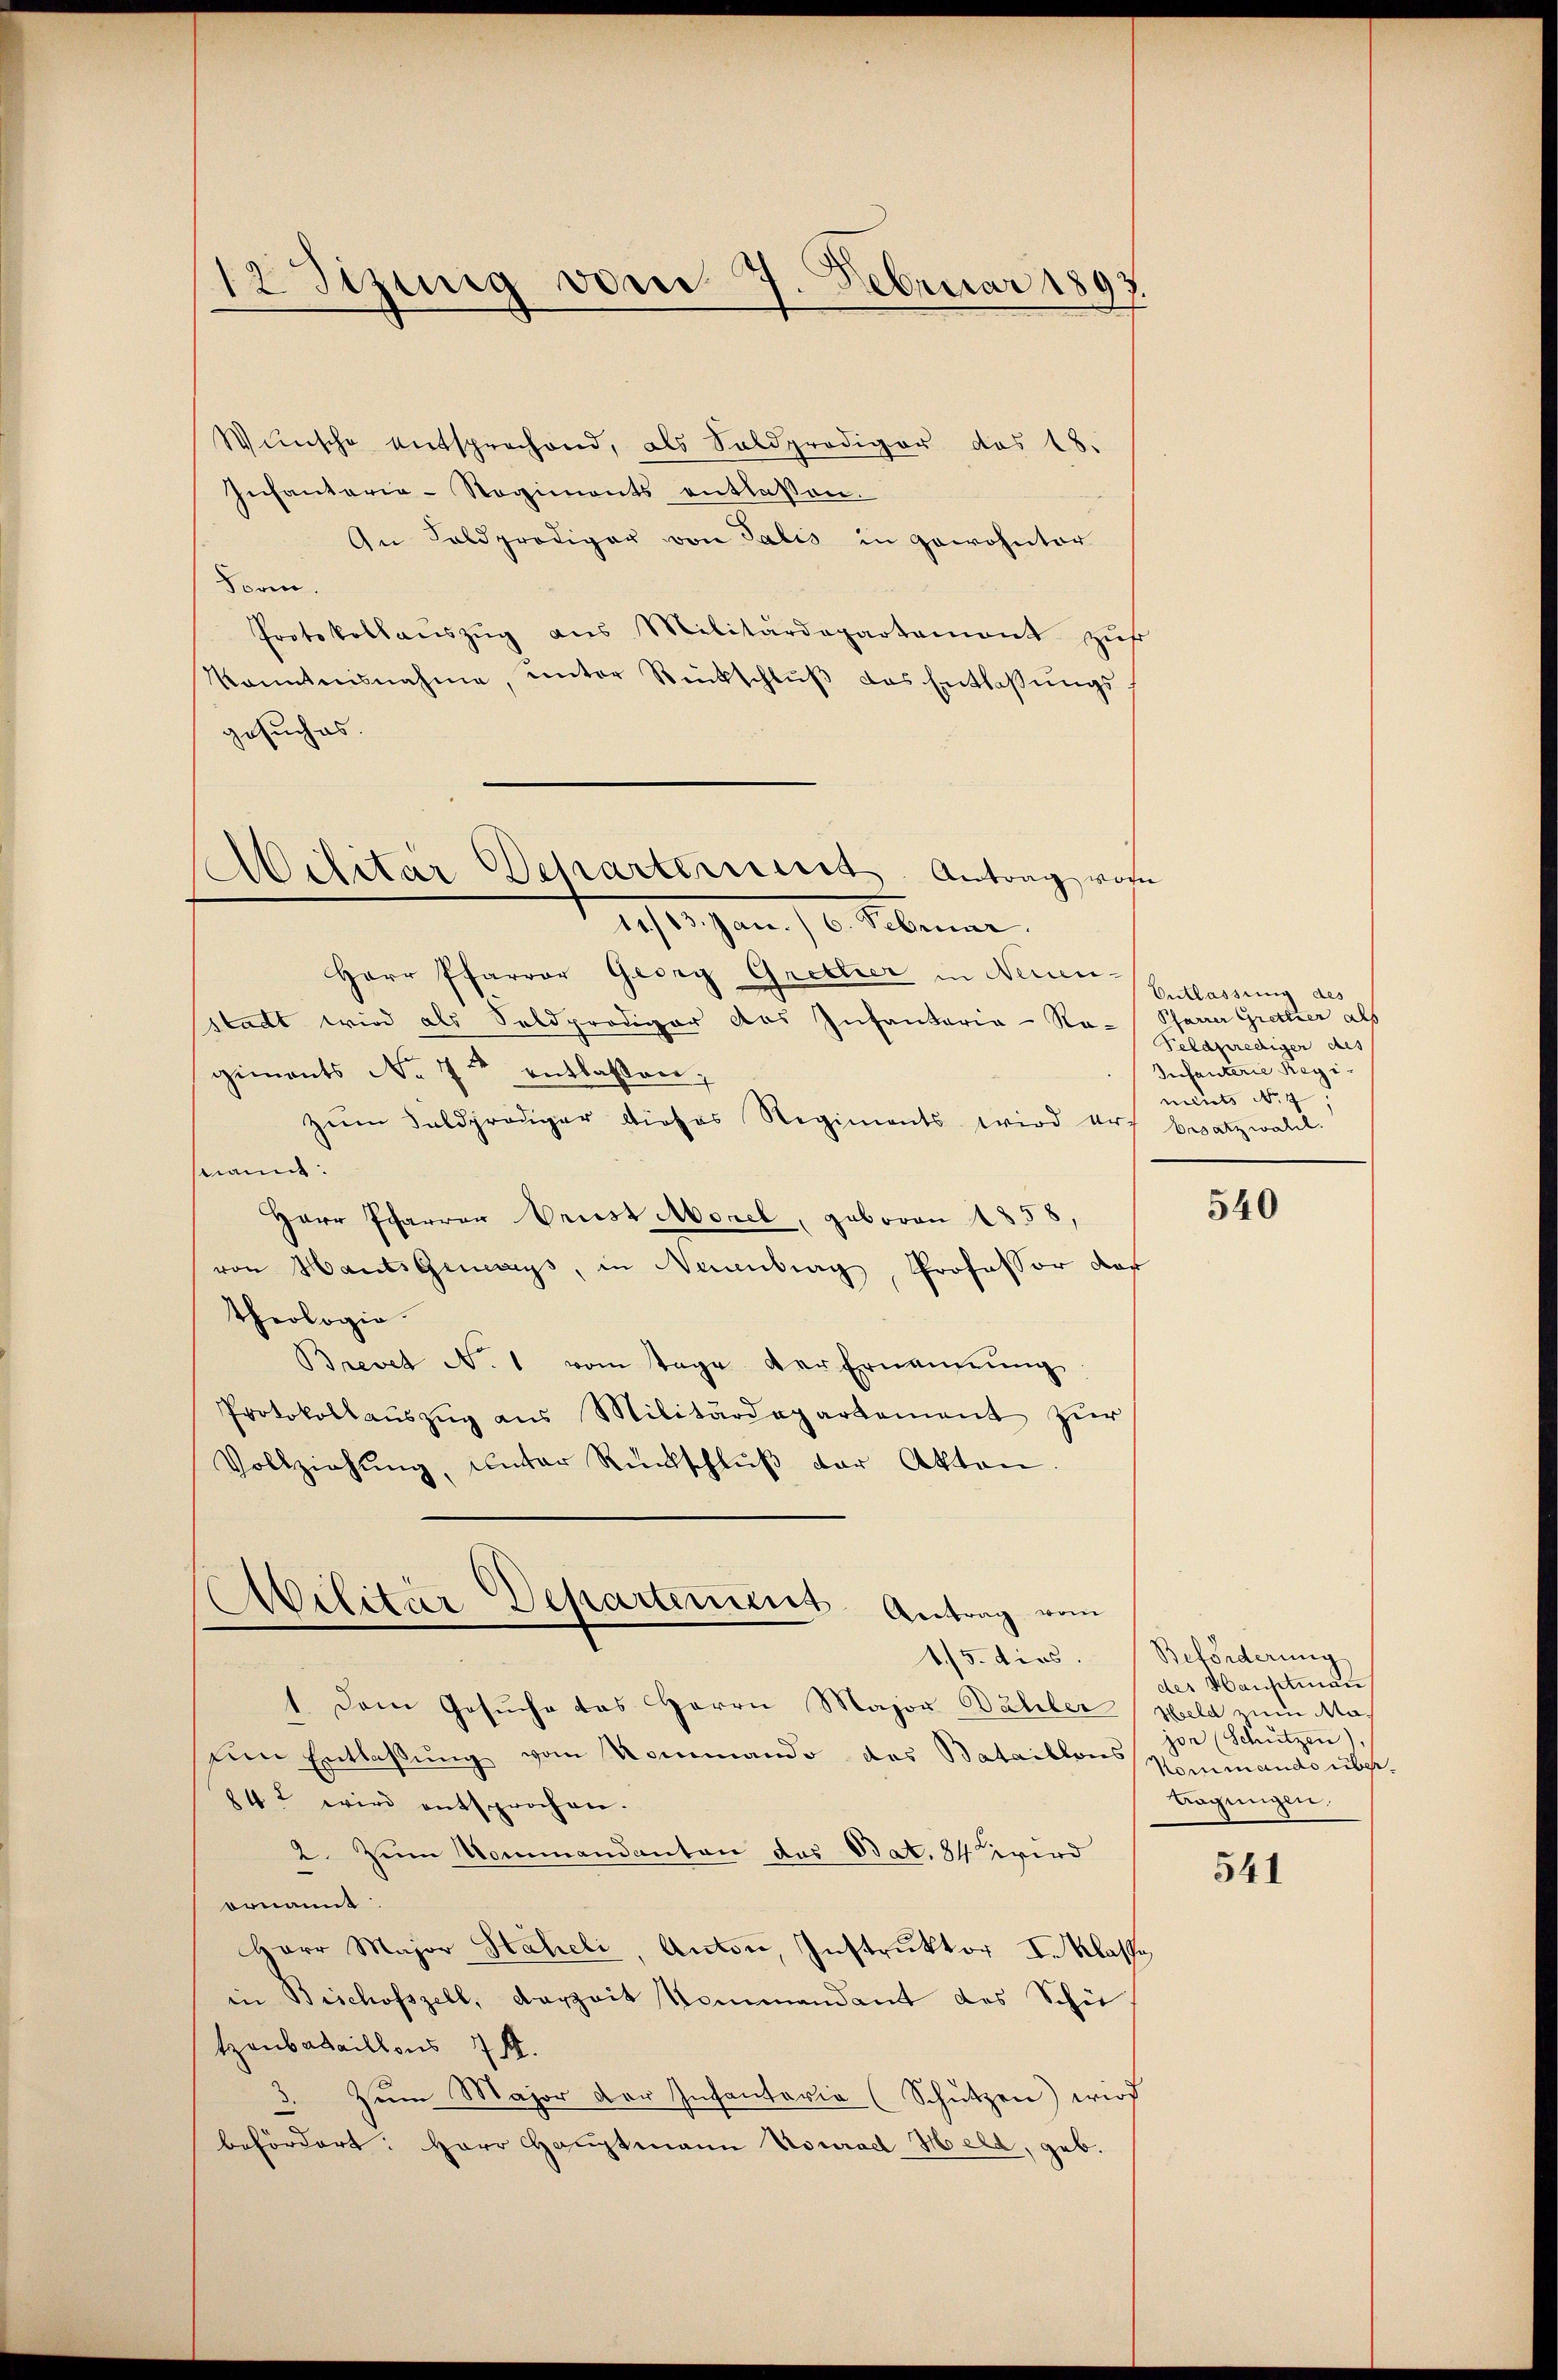
12 Sitzung vom 7. Februar 1897.

Wünsche entsprechend, als Soldprediger des 18.
Infanterie-Regiments entlassen.
An Feldprödiger von Salis in gewohnter
Form.
Protokollaŭszŭg ans Militärdepartement zŭf
kanntnisnahme, unter Rückschlŭβ das Entlassŭngs-
gesuches.
Militar Departement. Antrag von

desteigen 16. Februar.

Herr Pfarrer Georg Grecher in Neuen-
stadt wird als Seldprediger das Infantaria-Ra-Pfarrer Gretter als
giments No. 7 t entlassen;
zum Feldprödiger dieses Regiments wird er besatzwahl.
ant:
Herr Pfarrer Brust Morel, geboren 1858,
von Hants geneays, in Neuenburg, Professor das
theologie.
Brevet N. 1 vom Tage der Ernennung
Protokollaŭszŭg ans Militärdepartement zŭr
Vollziehŭng, unter Rückschlŭβ der Akten.

Abilitär-Departement Antrag vom

1. Dem Gesuche das Herrn Major Dähler
sem Entlaßung vom Kommando das Bataillons Niemands übe
842 wird entsprochen.
2. Zum Kommandanten das Bat. 84 wird
ornannt.
Herr Major Habieli, Anton, Instruktor I. Klasse
in Bischofszell, derzeit kommandant des Schu
tzonbataillons 7 f.
Zŭm Major der Infantaria (Schützen) wird
befördert: Herr Hauptmann Konrad Held, geb.

Entlassung des
Feldprediger des
Infanterie Regiments No. 4

540

115. dies. Beförderung
des Hauptmann
Held um Ma¬
Schützen,
Tagungen.

541